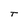
Character: T